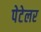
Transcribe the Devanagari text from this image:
पेटेलर